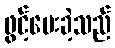
ဖွင့်ပေးခဲ့သည်